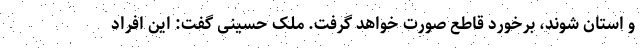
و استان ‌شوند، برخورد قاطع صورت خواهد گرفت. ملک حسینی گفت: این افراد